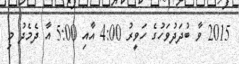
2015 ވާ ބުދަދުވަހުގެ ހަވީރު 4:00 އާއި 5:00 އާ ދެމެދު މި